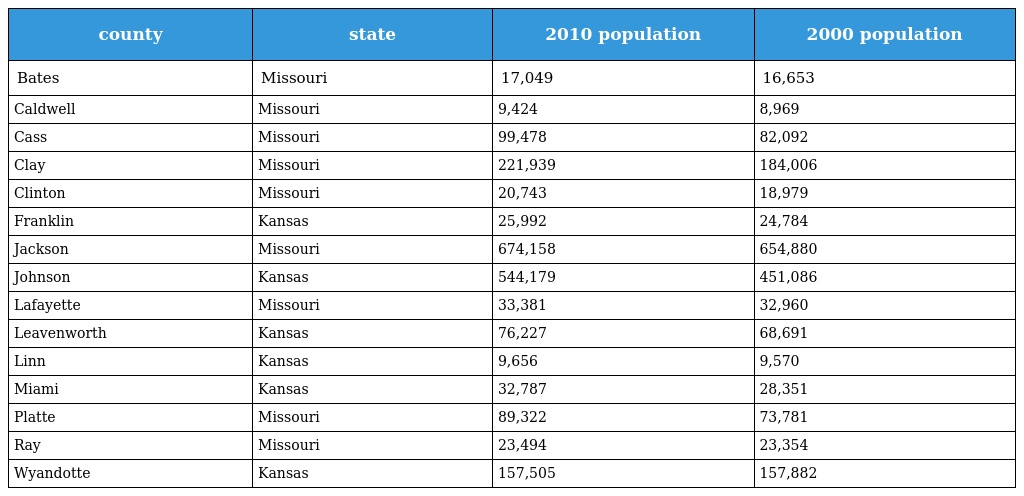
| county | state | 2010 population | 2000 population |
 | --- | --- | --- | --- |
 | Bates | Missouri | 17,049 | 16,653 |
 | Caldwell | Missouri | 9,424 | 8,969 |
 | Cass | Missouri | 99,478 | 82,092 |
 | Clay | Missouri | 221,939 | 184,006 |
 | Clinton | Missouri | 20,743 | 18,979 |
 | Franklin | Kansas | 25,992 | 24,784 |
 | Jackson | Missouri | 674,158 | 654,880 |
 | Johnson | Kansas | 544,179 | 451,086 |
 | Lafayette | Missouri | 33,381 | 32,960 |
 | Leavenworth | Kansas | 76,227 | 68,691 |
 | Linn | Kansas | 9,656 | 9,570 |
 | Miami | Kansas | 32,787 | 28,351 |
 | Platte | Missouri | 89,322 | 73,781 |
 | Ray | Missouri | 23,494 | 23,354 |
 | Wyandotte | Kansas | 157,505 | 157,882 |